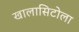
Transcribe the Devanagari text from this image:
खालासिटोला